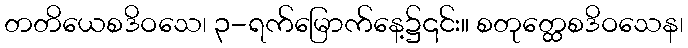
တတိယေစဒိဝသေ၊ ၃-ရက်မြောက်နေ့၌၎င်း။ စတုတ္ထေစဒိဝသေန၊